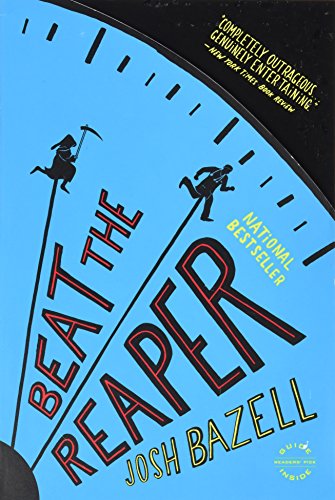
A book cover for Beat the Reaper: A Novel; Josh Bazell; Mystery, Thriller & Suspense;